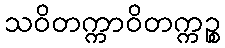
သဝိတက္ကာဝိတက္ကဉ္စ